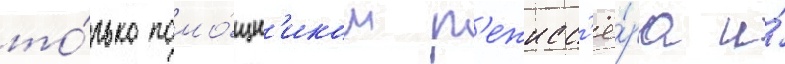
то́лько помо́щн'иком р'ежисс'ё́ра и́